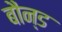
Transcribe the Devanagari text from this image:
बौन्ड